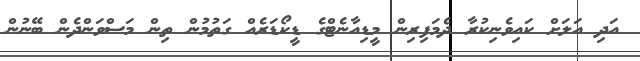
އަދި އަލަށް ކައިވެނިކުރާ ދެމަފިރިން މީޑިއާނެޓްގެ ޑީކޯޑަރެއް ގަތުމުން ތިން މަސްވަންދެން ބޭނުން